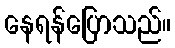
နေရန်ပြောသည်။